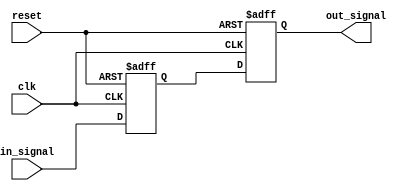
module synchronizer (
    input wire clk,
    input wire reset,
    input wire in_signal,
    output reg out_signal
);

reg first_ff;
reg second_ff;

always @(posedge clk or posedge reset) begin
    if (reset) begin
        first_ff <= 1'b0;
        second_ff <= 1'b0;
    end else begin
        first_ff <= in_signal;
        second_ff <= first_ff;
    end
end

assign out_signal = second_ff;

endmodule